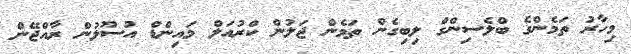
މިހާރު ތަމެންގެ ބްލެސިންގް ލިބިގެން ތަމެން ޖަލުން ކްރުއަލް މައިންޑް އުސޫލުން ރާއްޖޭން